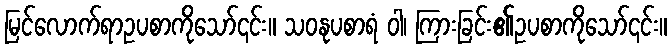
မြင်လောက်ရာဥပစာကိုသော်၎င်း။ သဝနုပစာရံ ဝါ၊ ကြားခြင်း၏ဥပစာကိုသော်၎င်း။